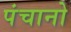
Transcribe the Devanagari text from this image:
पंचानो